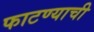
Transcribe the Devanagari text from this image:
फाटण्याची